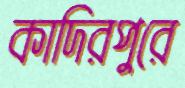
কাদিরপুরে